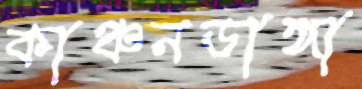
কাঞ্চনডাঙ্গা